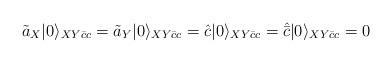
LaTeX: \begin{align*}\tilde{a}_{X}|0\rangle_{XY\bar{c}c} = \tilde{a}_{Y}|0\rangle_{XY\bar{c}c} =\hat{c}|0\rangle_{XY\bar{c}c} = \hat{\bar{c}}|0\rangle_{XY\bar{c}c} = 0\end{align*}